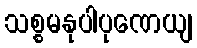
သစ္စမနုပါပုဏေယျ